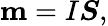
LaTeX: \mathbf{m}=I{\boldsymbol{S}},